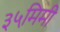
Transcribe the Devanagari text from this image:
३५मिमी